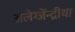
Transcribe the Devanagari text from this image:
अलेग्जेंन्द्रीया